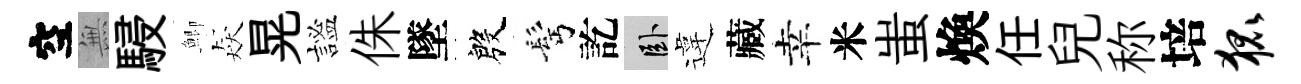
空𭴾駸鯽猋晃謐侏墜殷髩訖卧違藏幸米蚩煥任兒称培狐